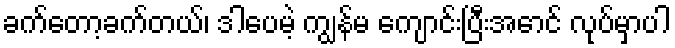
ခက်တော့ခက်တယ်၊ ဒါပေမဲ့ ကျွန်မ ကျောင်းပြီးအောင် လုပ်မှာပါ